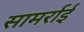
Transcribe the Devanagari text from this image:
सामर्राई